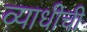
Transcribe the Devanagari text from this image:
व्याधीची